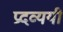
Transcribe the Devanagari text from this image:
प्रदव्ययी